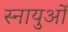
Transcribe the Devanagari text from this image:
स्‍नायुओं